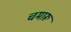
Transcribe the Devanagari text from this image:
चमारू